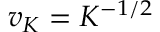
v _ { K } = K ^ { - 1 / 2 }